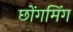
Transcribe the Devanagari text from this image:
छोंगमिंग